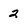
Character: 2